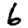
Digit: 6